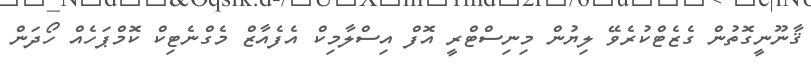
ޤާނޫނީގޮތުން ގެޒެޓްކުރެވޭ ލިޔުން މިނިސްޓްރީ އޮފް އިސްލާމިކް އެފެއާޒް މެގްނެޓިކް ކޮމްޕަހެއް ހޯދަން